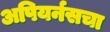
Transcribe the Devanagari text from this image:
अपियर्नसचा